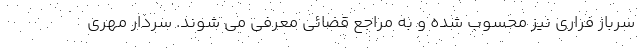
سرباز فراری نیز محسوب شده و به مراجع قضائی معرفی می شوند. سردار مهری